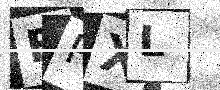
Text: FPXL